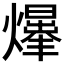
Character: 𤑥